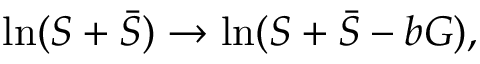
\ln ( S + \bar { S } ) \rightarrow \ln ( S + \bar { S } - b G ) ,